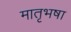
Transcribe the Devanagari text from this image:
मातृभषा